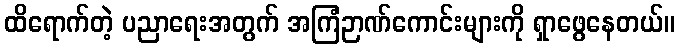
ထိရောက်တဲ့ ပညာရေးအတွက် အကြံဉာဏ်ကောင်းများကို ရှာဖွေနေတယ်။